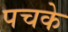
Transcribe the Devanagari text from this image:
पचके